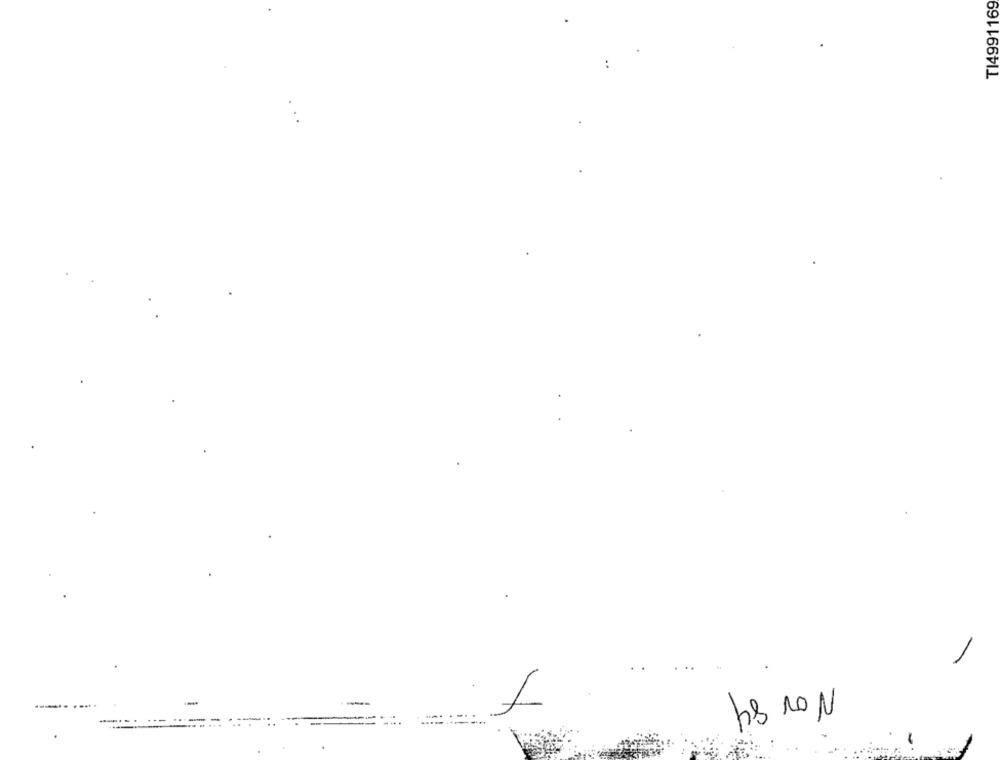
TI4991169
....... .....
--....------
hs NON